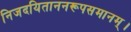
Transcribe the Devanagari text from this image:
निजदयिताननरूपसमानम्।